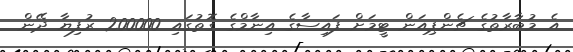
އެ މުބާރާތުގެ ޗެންޕިއަން ޓީމަށް ފައިސާގެ އިނާމްގެ ގޮތުގައި 200000 ރުފިޔާ ދޭން